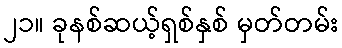
၂၁။ ခုနစ်ဆယ့်ရှစ်နှစ် မှတ်တမ်း